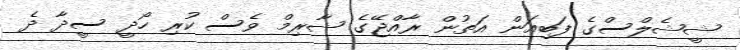
ޝީޝެލްސްގެ ފަބިއަން އަތުން ރާއްޖޭގެ ޝާރިމް ވެސް ކުރި ހޯދީ ސީދާ ދެ